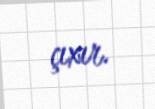
çıxır.